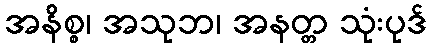
အနိစ္စ၊ အသုဘ၊ အနတ္တ သုံးပုဒ်